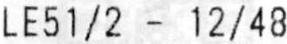
LE51/2 - 12/48